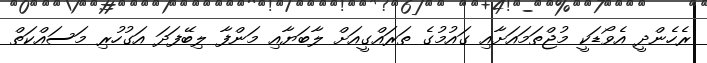
ރެހެންދީ އެވޯޑަކީ މުޖްތަމައަށާއި ގައުމުގެ ތަރައްގީއަށް ލާބަޔާއި މަންފާ ލިބޭފަދަ އަގުހުރި މަސައްކަތް